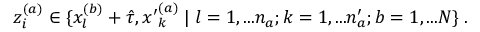
z _ { i } ^ { ( a ) } \in \{ x _ { l } ^ { ( b ) } + \hat { \tau } , { x ^ { \prime } } _ { k } ^ { ( a ) } \; | \; l = 1 , . . . n _ { a } ; k = 1 , . . . n _ { a } ^ { \prime } ; b = 1 , . . . N \} \; .